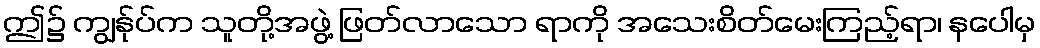
ဤ၌ ကျွန်ုပ်က သူတို့အဖွဲ့ ဖြတ်လာသော ရာကို အသေးစိတ်မေးကြည့်ရာ၊ နပေါမှ